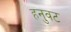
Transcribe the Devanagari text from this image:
हनुवट